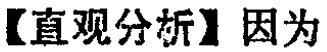
【直观分析】因为